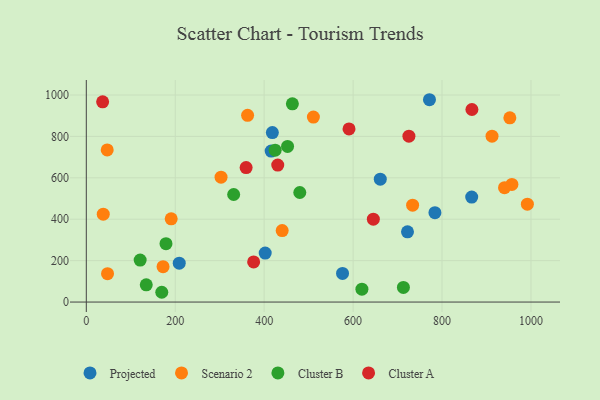
{"axis": {"x": "Distance", "y": "Rating"}, "legend": ["Cluster A", "Cluster B", "Projected", "Scenario 2"], "data": [{"x": "418.4", "y": 818.4, "type": "Projected"}, {"x": "771.7", "y": 977.2, "type": "Projected"}, {"x": "784.0", "y": 431.7, "type": "Projected"}, {"x": "576.2", "y": 138.2, "type": "Projected"}, {"x": "661.1", "y": 593.7, "type": "Projected"}, {"x": "415.7", "y": 729.0, "type": "Projected"}, {"x": "866.7", "y": 506.9, "type": "Projected"}, {"x": "402.3", "y": 236.6, "type": "Projected"}, {"x": "722.3", "y": 339.0, "type": "Projected"}, {"x": "209.0", "y": 187.9, "type": "Projected"}, {"x": "510.7", "y": 893.6, "type": "Scenario 2"}, {"x": "362.7", "y": 902.0, "type": "Scenario 2"}, {"x": "991.9", "y": 472.8, "type": "Scenario 2"}, {"x": "952.5", "y": 889.9, "type": "Scenario 2"}, {"x": "957.1", "y": 567.9, "type": "Scenario 2"}, {"x": "38.1", "y": 424.3, "type": "Scenario 2"}, {"x": "47.7", "y": 137.1, "type": "Scenario 2"}, {"x": "47.0", "y": 734.8, "type": "Scenario 2"}, {"x": "190.9", "y": 401.8, "type": "Scenario 2"}, {"x": "940.5", "y": 552.4, "type": "Scenario 2"}, {"x": "733.8", "y": 468.0, "type": "Scenario 2"}, {"x": "303.0", "y": 603.2, "type": "Scenario 2"}, {"x": "172.6", "y": 170.7, "type": "Scenario 2"}, {"x": "912.4", "y": 801.1, "type": "Scenario 2"}, {"x": "440.5", "y": 345.3, "type": "Scenario 2"}, {"x": "121.1", "y": 202.8, "type": "Cluster B"}, {"x": "134.8", "y": 83.3, "type": "Cluster B"}, {"x": "619.8", "y": 62.0, "type": "Cluster B"}, {"x": "169.7", "y": 47.2, "type": "Cluster B"}, {"x": "424.7", "y": 733.4, "type": "Cluster B"}, {"x": "480.1", "y": 529.0, "type": "Cluster B"}, {"x": "331.4", "y": 519.5, "type": "Cluster B"}, {"x": "452.6", "y": 751.5, "type": "Cluster B"}, {"x": "179.2", "y": 281.8, "type": "Cluster B"}, {"x": "463.4", "y": 957.3, "type": "Cluster B"}, {"x": "713.1", "y": 70.4, "type": "Cluster B"}, {"x": "36.7", "y": 967.2, "type": "Cluster A"}, {"x": "359.4", "y": 649.6, "type": "Cluster A"}, {"x": "376.3", "y": 193.6, "type": "Cluster A"}, {"x": "430.5", "y": 661.6, "type": "Cluster A"}, {"x": "725.5", "y": 801.0, "type": "Cluster A"}, {"x": "645.5", "y": 400.1, "type": "Cluster A"}, {"x": "590.8", "y": 836.4, "type": "Cluster A"}, {"x": "867.2", "y": 929.9, "type": "Cluster A"}]}